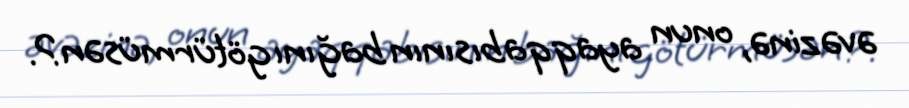
əvəzinə, onun ayaqqabısının bağını götürmüsən?.